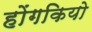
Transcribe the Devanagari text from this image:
होंगकियो